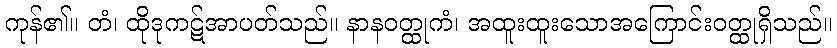
ကုန်၏။ တံ၊ ထိုဒုကဋ်အာပတ်သည်။ နာနဝတ္ထုကံ၊ အထူးထူးသောအကြောင်းဝတ္ထုရှိသည်။